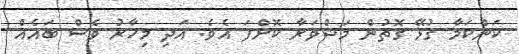
ކަންކަމާ ގުޅޭ ގޮތުން މަޝްވަރާ ކޮށްފަ އެވެ. އަދި މިހާރު ވެސް ބައެއް